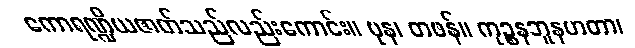
ကောရဏ္ဍိယဇာတ်သည်လည်းကောင်း။ ပုန၊ တဖန်။ ကုဉ္စနဘူနဟတာ၊